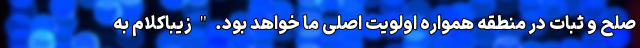
صلح و ثبات در منطقه همواره اولویت اصلی ما خواهد بود. " زیباکلام به